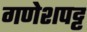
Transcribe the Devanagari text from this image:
गणेशपट्ट